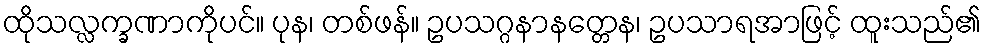
ထိုသလ္လက္ခဏာကိုပင်။ ပုန၊ တစ်ဖန်။ ဥပသဂ္ဂနာနတ္တေန၊ ဥပသာရအာဖြင့် ထူးသည်၏